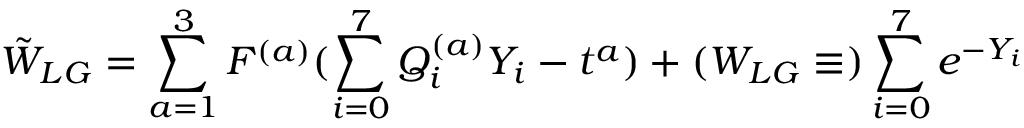
\tilde { W } _ { L G } = \sum _ { a = 1 } ^ { 3 } F ^ { ( a ) } ( \sum _ { i = 0 } ^ { 7 } Q _ { i } ^ { ( a ) } Y _ { i } - t ^ { a } ) + ( W _ { L G } \equiv ) \sum _ { i = 0 } ^ { 7 } e ^ { - Y _ { i } }